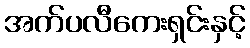
အက်ပလီကေးရှင်းနှင့်